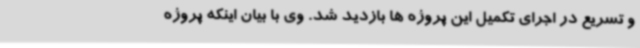
و تسریع در اجرای تکمیل این پروژه ها بازدید شد. وی با بیان اینکه پروژه